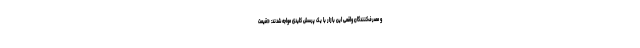
و مصرف‌کنندگان واقعی این بازار با یک پرسش کلیدی مواجه شدند: «قیمت